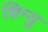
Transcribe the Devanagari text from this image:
शिम्यु